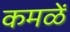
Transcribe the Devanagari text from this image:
कमळें